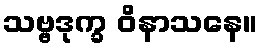
သဗ္ဗဒုက္ခ ဝိနာသနေ။